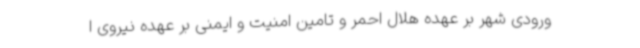
ورودی شهر بر عهده هلال احمر و تامین امنیت و ایمنی بر عهده نیروی ا